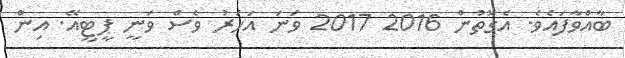
ބާއްވާފައެވެ. އެގޮތުން 2016 2017 ވަނަ އަހަރު ވެސް ވަނީ ޕީޓީއޭ. އިން